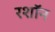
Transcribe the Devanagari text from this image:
रशॉन